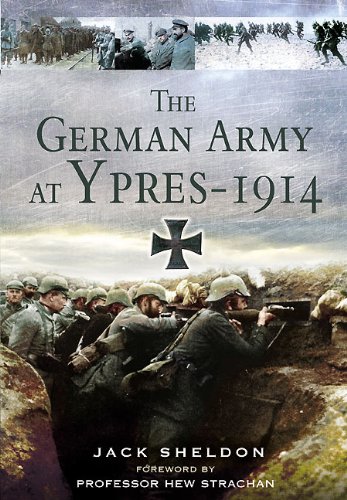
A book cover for The German Army at Ypres - 1914; Jack Sheldon; History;